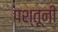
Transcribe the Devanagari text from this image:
पश्तूनी